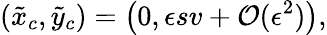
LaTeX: (\tilde{x}_{c},\tilde{y}_{c})=\left(0,\epsilon sv+\mathcal{O}(\epsilon^{2})\right),